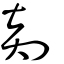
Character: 剡